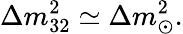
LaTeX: \Delta m_{32}^{2}\simeq\Delta m_{\odot}^{2}.